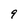
Character: 9